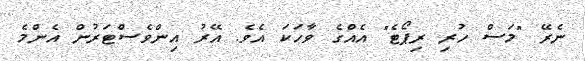
ނެރޭ "މަސް ހުރި ރިޕޯޓެ" އެއްގެ ވާހަކަ އެވެ. އޭރު އިންވެސްޓަރުން އެންމެ